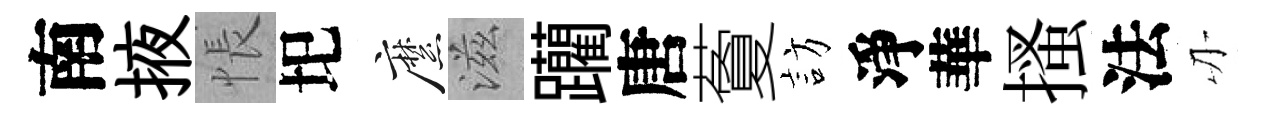
南掖悵圯縻滋躪唐藑訪淨華搔法刃